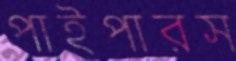
পাইপারস